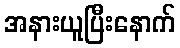
အနားယူပြီးနောက်